system: You are a helpful assistant.
user:
Analyze the provided spectrum to determine if it is a **S-type Star**.

- **Key Indicators for S-type Star:**

    - **(Overall Spectrum Shape):** The first and most obvious characteristic is the overall continuum (the "baseline" shape). It is **extremely "red-sloping,"** meaning the flux (light intensity) is very low on the left side (blue, ~4000-4500 Å) and rises steeply and continuously toward the right side (red, ~7000 Å+).

    - **(Primary):** The spectrum is defined by the presence of strong, broad molecular absorption "valleys" (bands) from **Zirconium Oxide (ZrO)**. The identification of these bands is the **primary requirement** for classifying a star as S-type.
        - **(Key Bandheads):** You must find distinct, deep "dips" where the light has been absorbed. The most critical band systems to locate are:
            - **~6474 Å** ($\gamma$-system): This is often the strongest and clearest ZrO feature, found in the red part of the spectrum.
            - **~5718 Å** & **~5551 Å** ($\beta$-system): A pair of prominent absorption features in the yellow-orange part of the spectrum.
            - **~4640 Å** ($\alpha$-system): A key absorption band system in the blue-green region of the spectrum.

    - **(Secondary Confirmation):** The classification is strengthened by finding additional absorption bands from other related heavy element oxides, which are expected to be present alongside ZrO.
        - **(Key Bandheads):**
            - **Yttrium Oxide (YO):** Look for absorption dips near **~4800 Å** and **~6100 Å**.
            - **Lanthanum Oxide (LaO):** Additional absorption features, particularly in the red-orange part of the spectrum, are also characteristic.

    - **(Line Profile):** The combination of the steep red continuum and these numerous, deep molecular bands (ZrO, YO, etc.) gives the entire spectrum a very **"chopped-up"** or **"bumpy"** appearance. Instead of a smooth curve, the spectrum looks as though large, wide chunks of light have been "carved out" of it at the specific wavelengths listed above.

Think first, call **spectral_visualization_tool** if needed to examine features in detail, then provide your final answer. Your response must adhere to the following strict rules:
1.  **Overall Structure:** Your response must follow the format `<think>...</think> <tool_call>...</tool_call> (if a tool is used) <answer>...</answer>`.
2.  **Tool Usage Constraint:** You may only make **one** tool call per turn.
3.  **Final Answer Format:** In the `<answer>` tag, your conclusion must be inside a `\boxed{}` command (e.g., `\boxed{YES}` or `\boxed{NO}`), followed by your justification.

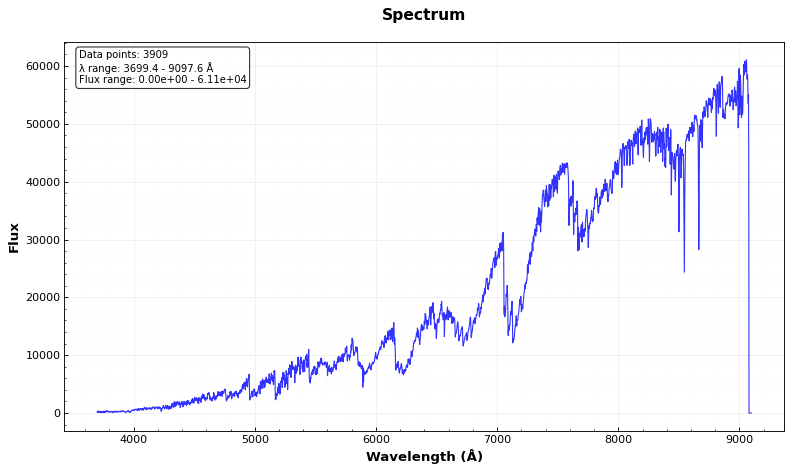
Answer: YES